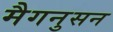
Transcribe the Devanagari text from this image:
मैगनुसन